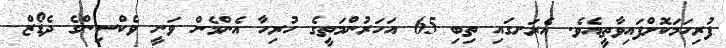
ފުރިހަމަކޮށްފައިވާތީއެވެ. އެރަށގައި ތިބި 65 އަހަރުންމަތީގެ ހުރިހާ އެންމެން ވަނީ ވެކްސިންގެ ދެޑޯޒް